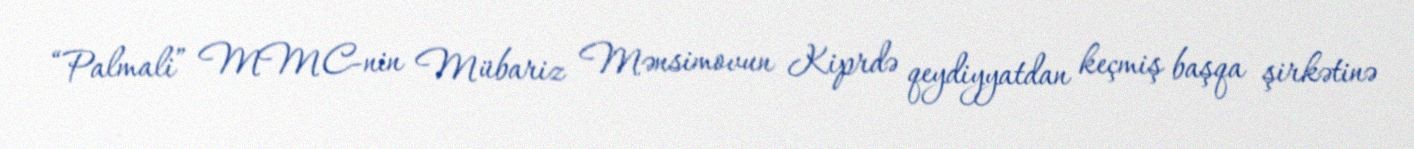
“Palmali” MMC-nin Mübariz Mənsimovun Kiprdə qeydiyyatdan keçmiş başqa şirkətinə